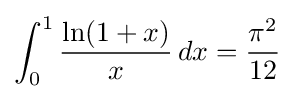
\int _{0}^{1}{\frac {\ln(1+x)}{x}}\,dx={\frac {\pi ^{2}}{12}}